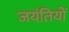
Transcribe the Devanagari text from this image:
जयंतियों